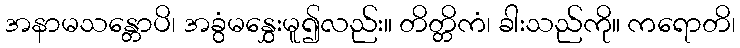
အနာမသန္တောပိ၊ အခွံမနွှေးမူ၍လည်း။ တိတ္တိကံ၊ ခါးသည်ကို။ ကရောတိ၊